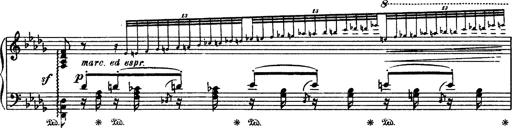
Title: Paraphrase de concert sur Rigoletto
Composer: Franz Liszt